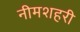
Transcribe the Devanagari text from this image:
नीमशहरी